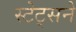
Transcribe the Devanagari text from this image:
स्टेट्सने